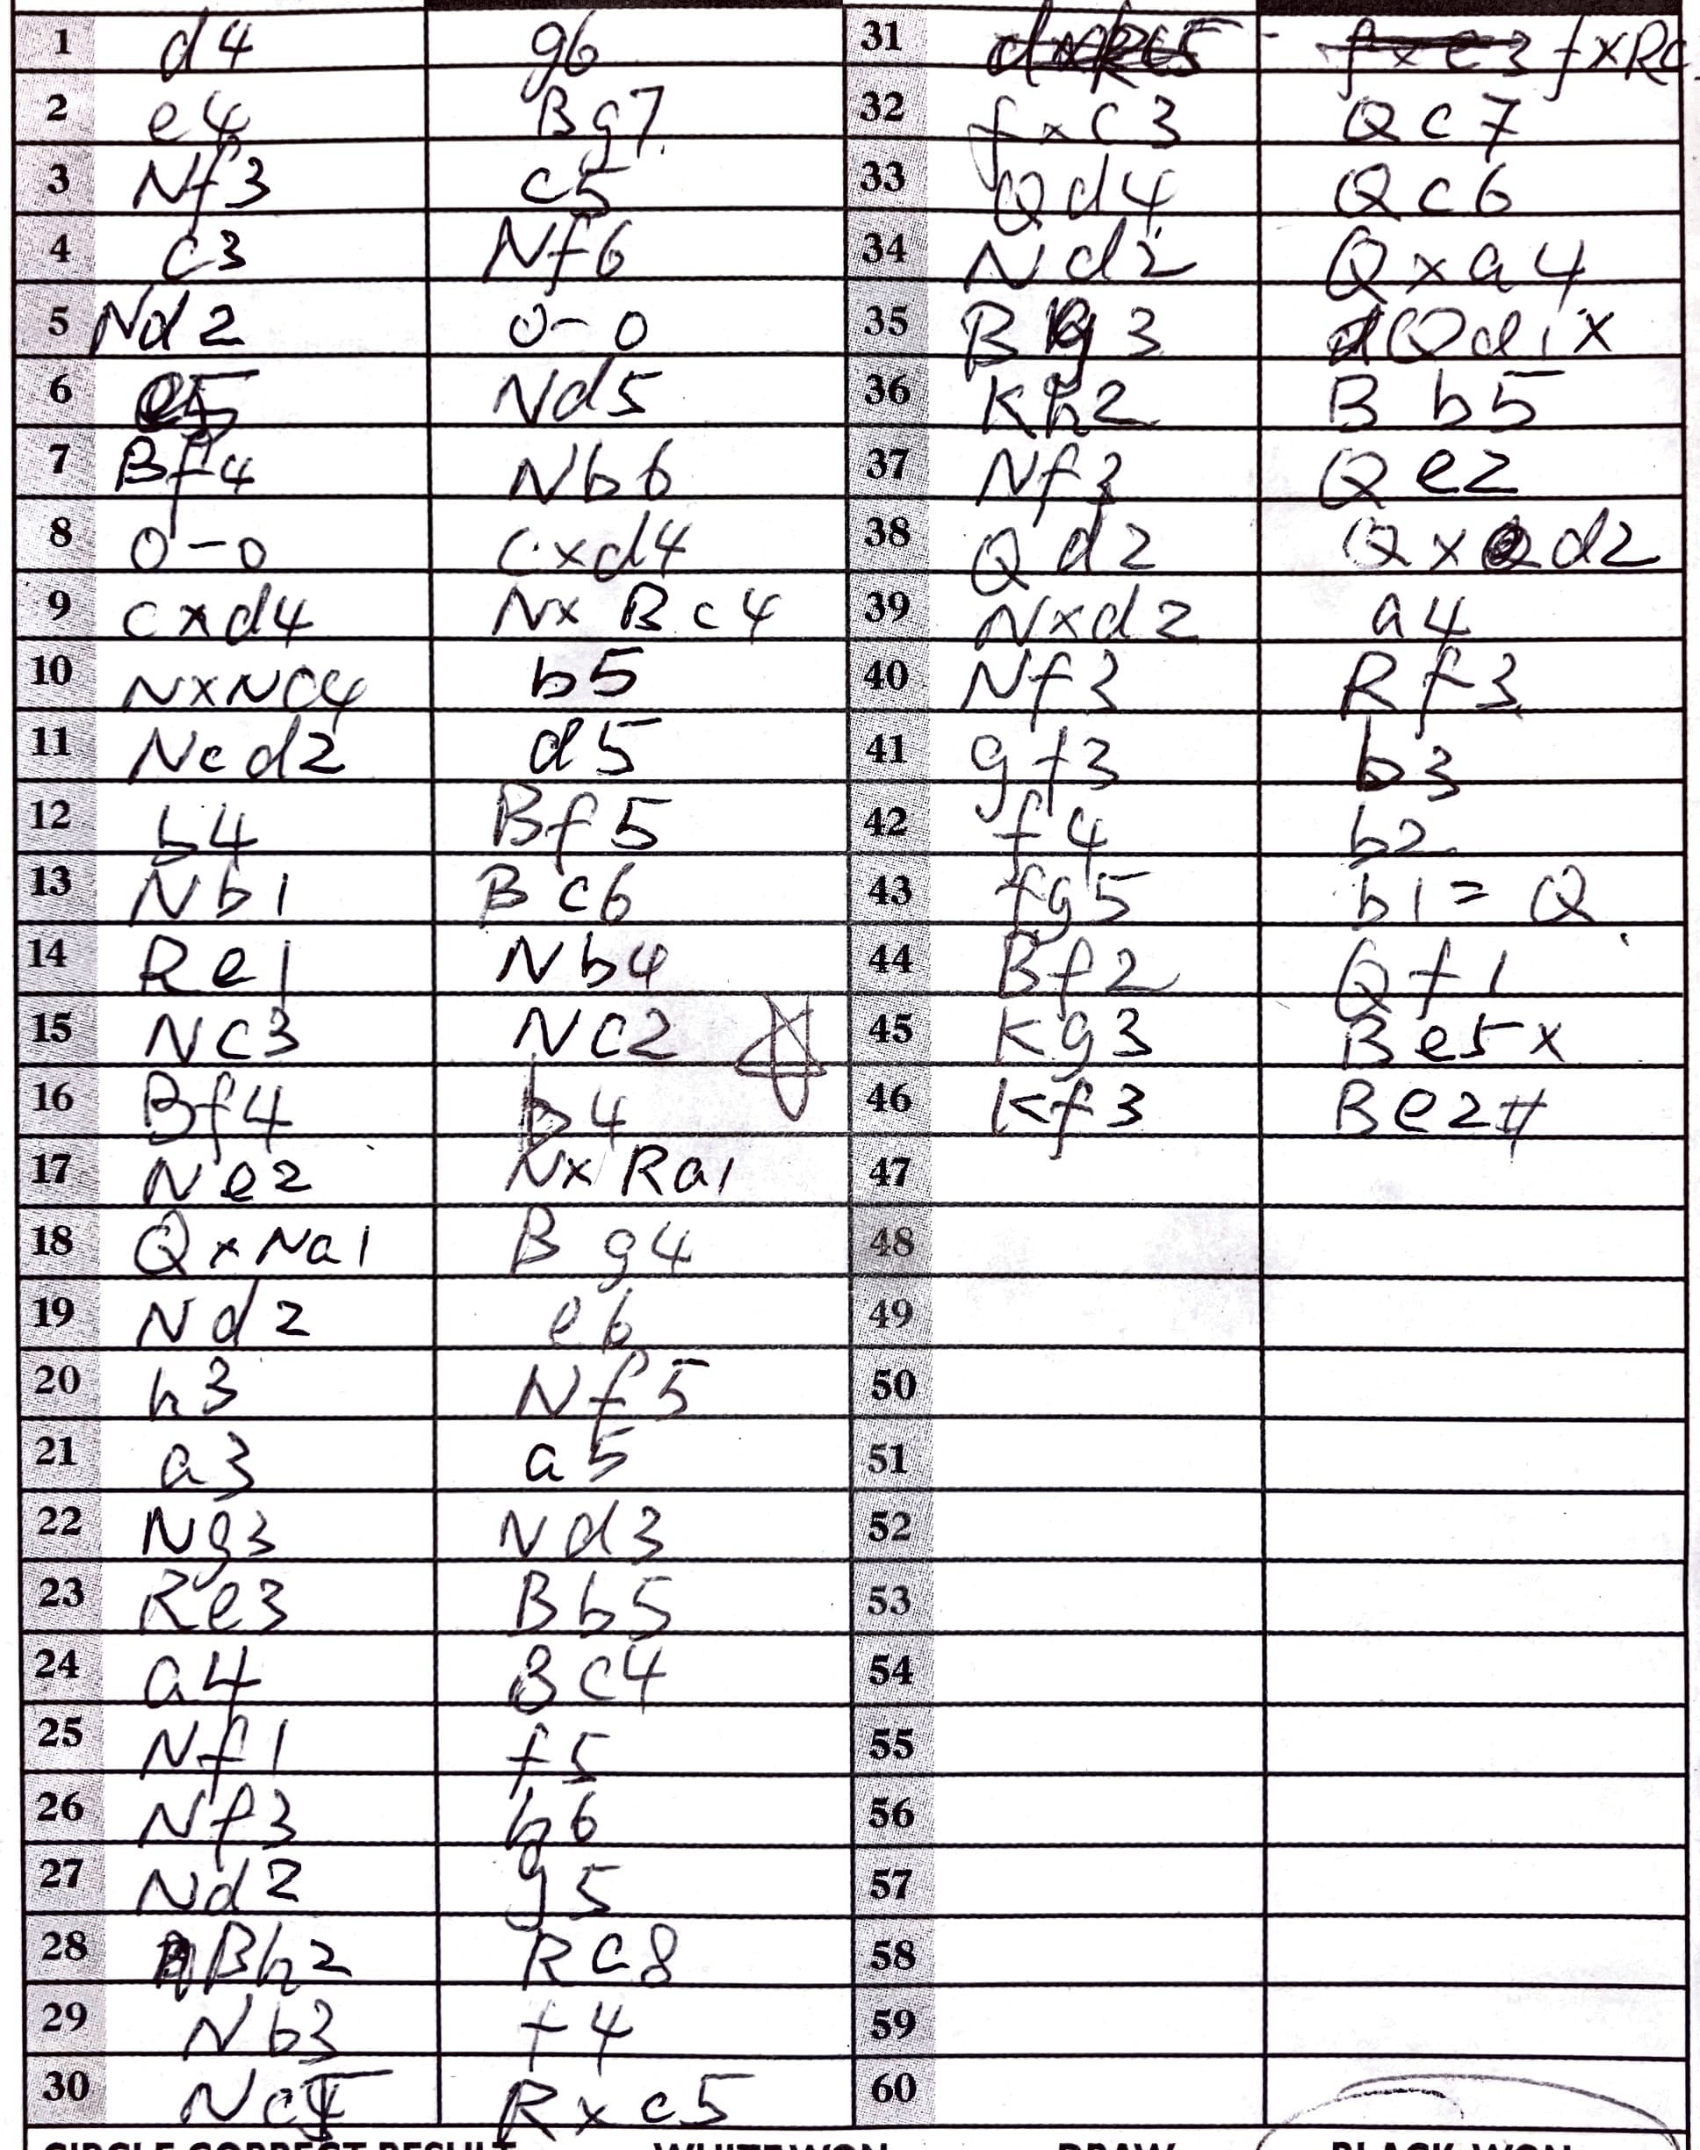
Moves: d4 g6 e4 Bg7 Nf3 c5 c3 Nf6 Nd2 O-O e5 Nd5 Bf4 Nb6 O-O cxd4 cxd4 NxBc4 NxNc4 b5 Ncd2 d5 b4 Bf5 Nb1 Bc6 Re1 Nb4 Nc3 Nc2 Bf4 b4 Ne2 NxRa1 QxNa1 Bg4 Nd2 e6 h3 Nf5 a3 a5 Ng3 Nd3 Re3 Bb5 a4 Bc4 Nf1 f5 Nf3 b6 Nd2 g5 Bh2 Rc8 Nb3 f4 Rxc5 fxRc fxc3 Qc7 Qd4 Qc6 Nd2 Qxa4 Bg3 Qd1x Kh2 Bb5 Nf3 Qe2 Qd2 QxQd2 Nxd2 a4 Nf3 Rf3 gf3 b3 f4 b2 fg5 b1=Q Bf2 Qf1 Kg3 Be5x Kf3 Be2#